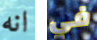
انه في